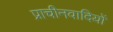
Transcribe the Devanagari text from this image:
प्राचीनवादियों